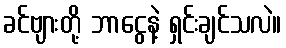
ခင်ဗျားတို့ ဘာငွေနဲ့ ရှင်းချင်သလဲ။